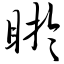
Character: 盱